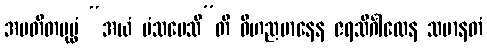
အပတိတပုပ္ဖံ “အယံ မံသပေသီ”တိ ဝိဟညမာနေန ဇရသိင်္ဂါလေန သမာနတံ